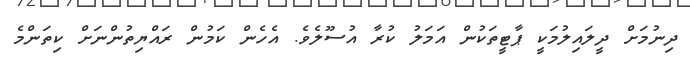
ދިނުމަށް ދީލައިލުމަކީ ޕާޓީތަކުން އަމަލު ކުރާ އުސޫލެވެ. އެހެން ކަމުން ރައްޔިތުންނަށް ކިތަންމެ